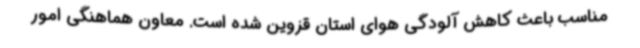
مناسب باعث کاهش آلودگی هوای استان قزوین شده است. معاون هماهنگی امور